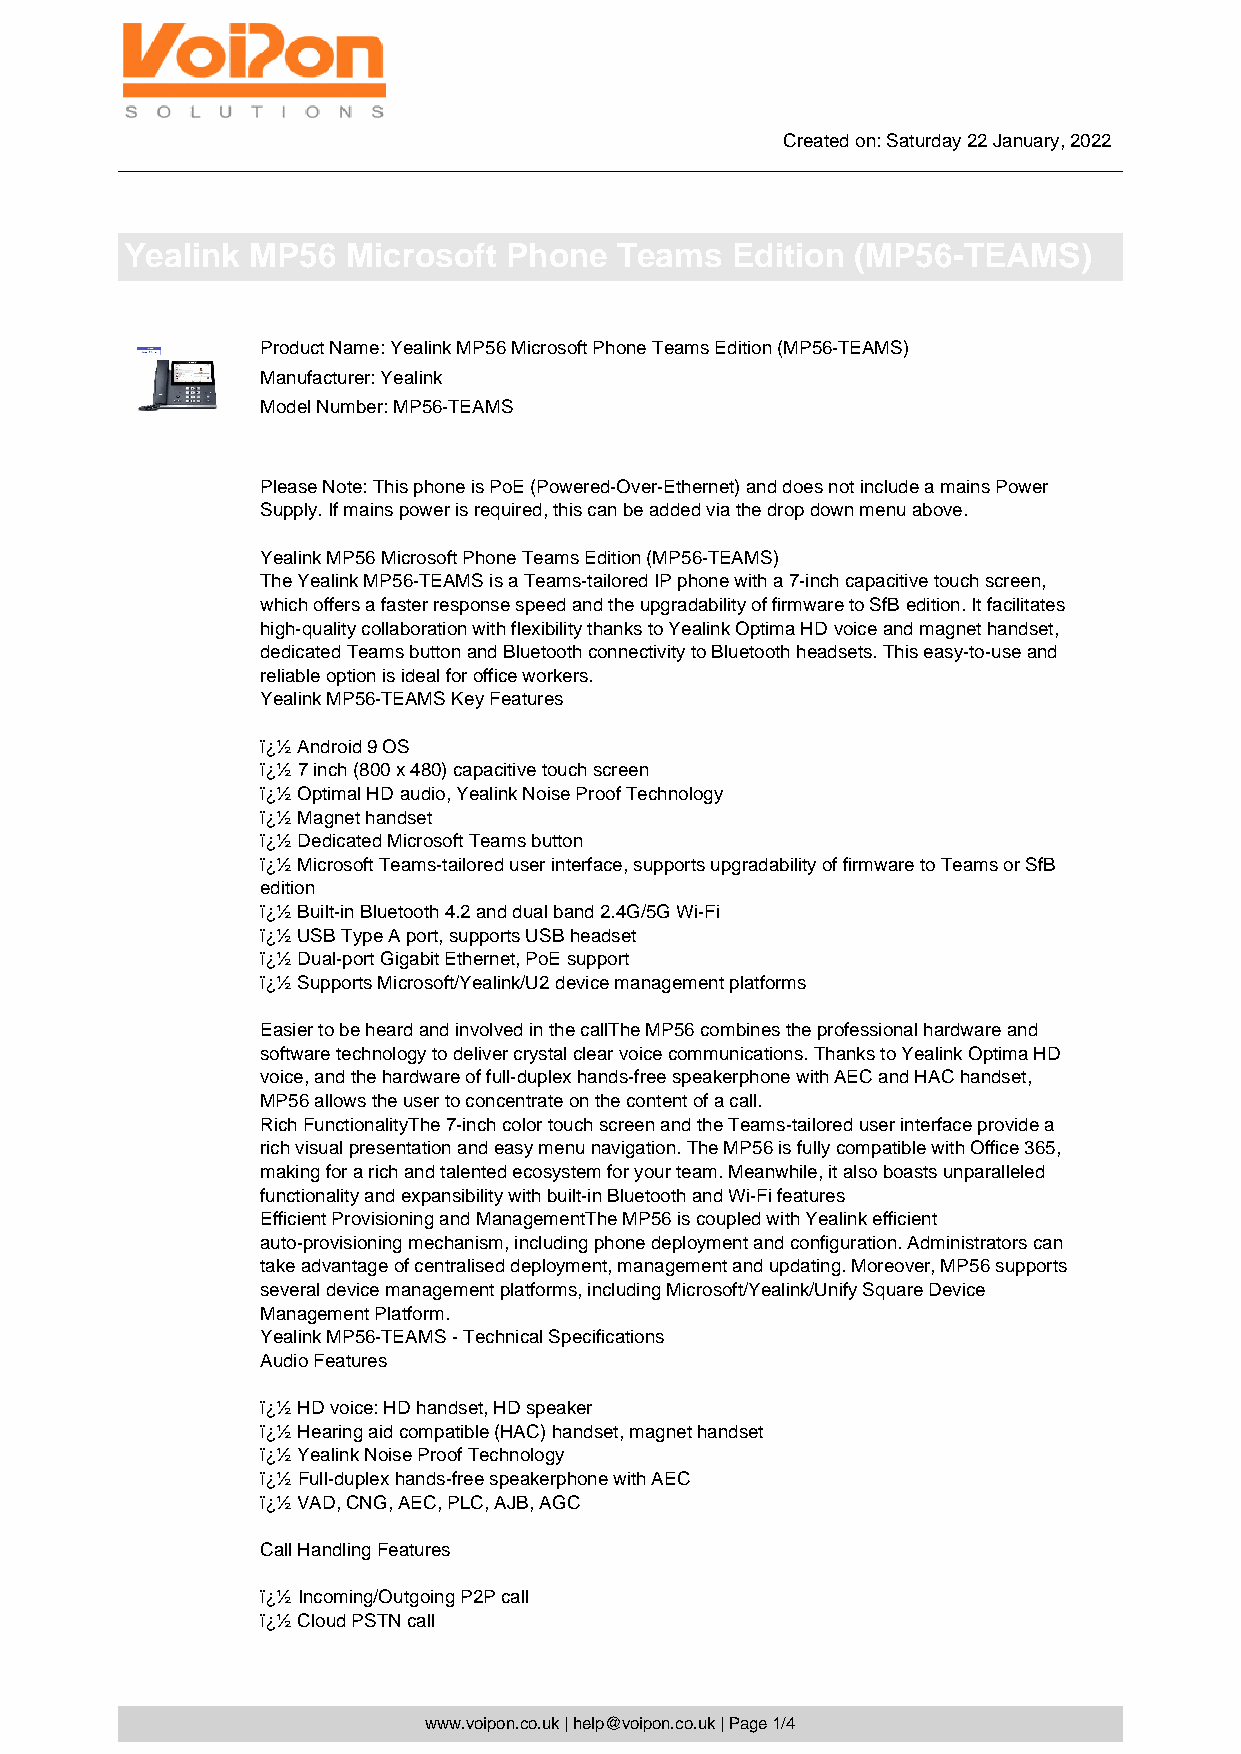
Created on: Saturday 22 January, 2022
 Yealink  MP56  Microsoft Phone   Teams  Edition  (MP56-TEAMS)
 Product Name: Yealink MP56 Microsoft Phone Teams Edition (MP56-TEAMS)
 Manufacturer: Yealink
 Model Number: MP56-TEAMS
 Please Note: This phone is PoE (Powered-Over-Ethernet) and does not include a mains Power
 Supply. If mains power is required, this can be added via the drop down menu above.
 Yealink MP56 Microsoft Phone Teams Edition (MP56-TEAMS)
 The Yealink MP56-TEAMS is a Teams-tailored IP phone with a 7-inch capacitive touch screen,
 which offers a faster response speed and the upgradability of firmware to SfB edition. It facilitates
 high-quality collaboration with flexibility thanks to Yealink Optima HD voice and magnet handset,
 dedicated Teams button and Bluetooth connectivity to Bluetooth headsets. This easy-to-use and
 reliable option is ideal for office workers.
 Yealink MP56-TEAMS Key Features
 ï¿½ Android 9 OS
 ï¿½ 7 inch (800 x 480) capacitive touch screen
 ï¿½ Optimal HD audio, Yealink Noise Proof Technology
 ï¿½ Magnet handset
 ï¿½ Dedicated Microsoft Teams button
 ï¿½ Microsoft Teams-tailored user interface, supports upgradability of firmware to Teams or SfB
 edition
 ï¿½ Built-in Bluetooth 4.2 and dual band 2.4G/5G Wi-Fi
 ï¿½ USB Type A port, supports USB headset
 ï¿½ Dual-port Gigabit Ethernet, PoE support
 ï¿½ Supports Microsoft/Yealink/U2 device management platforms
 Easier to be heard and involved in the callThe MP56 combines the professional hardware and
 software technology to deliver crystal clear voice communications. Thanks to Yealink Optima HD
 voice, and the hardware of full-duplex hands-free speakerphone with AEC and HAC handset,
 MP56 allows the user to concentrate on the content of a call.
 Rich FunctionalityThe 7-inch color touch screen and the Teams-tailored user interface provide a
 rich visual presentation and easy menu navigation. The MP56 is fully compatible with Office 365,
 making for a rich and talented ecosystem for your team. Meanwhile, it also boasts unparalleled
 functionality and expansibility with built-in Bluetooth and Wi-Fi features
 Efficient Provisioning and ManagementThe MP56 is coupled with Yealink efficient
 auto-provisioning mechanism, including phone deployment and configuration. Administrators can
 take advantage of centralised deployment, management and updating. Moreover, MP56 supports
 several device management platforms, including Microsoft/Yealink/Unify Square Device
 Management Platform.
 Yealink MP56-TEAMS - Technical Specifications
 Audio Features
 ï¿½ HD voice: HD handset, HD speaker
 ï¿½ Hearing aid compatible (HAC) handset, magnet handset
 ï¿½ Yealink Noise Proof Technology
 ï¿½ Full-duplex hands-free speakerphone with AEC
 ï¿½ VAD, CNG, AEC, PLC, AJB, AGC
 Call Handling Features
 ï¿½ Incoming/Outgoing P2P call
 ï¿½ Cloud PSTN call
 www.voipon.co.uk | help@voipon.co.uk | Page 1/4